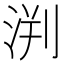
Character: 𣵃